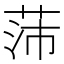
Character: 𱽫